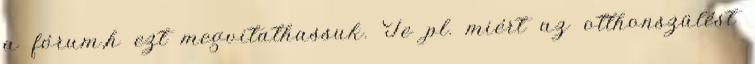
a fórum,h ezt megvitathassuk. Te pl. miért az otthonszülést